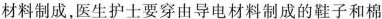
材料制成，医生护士要穿由导电材料制成的鞋子和棉